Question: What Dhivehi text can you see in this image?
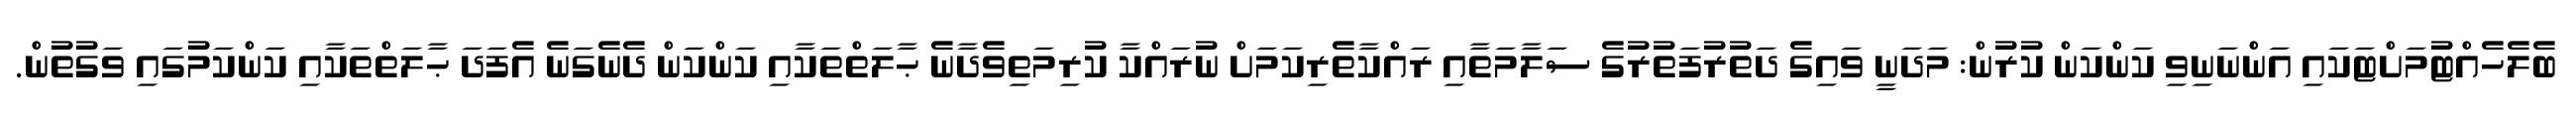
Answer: ބެލެހެއްޓުމަށްޓަކައި އަންނަނިވި ކަންކަން ކުރުން: މަދަނީ ވައިގެ ދަތުރުފަތުރުގެ ސަލާމަތާއި ރައްކާތެރިކަމަށް ނުރައްކާ ކުރިމަތިވެދާނެ ޙާލަތްތަކާއި ކަންކަން ދެނެގަނެ އެފަދަ ޙާލަތްތަކާއި ކަންކަމުގައި ވަގުތުން.